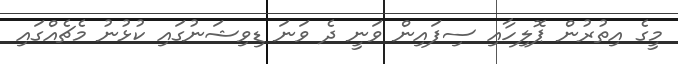
މީގެ އިތުރުން ޕޮލިހާއި ސިފައިން ވަނީ ދެ ވަނަ ޑިވިޝަނުގައި ކުޅުނު މެޗެއްގައި